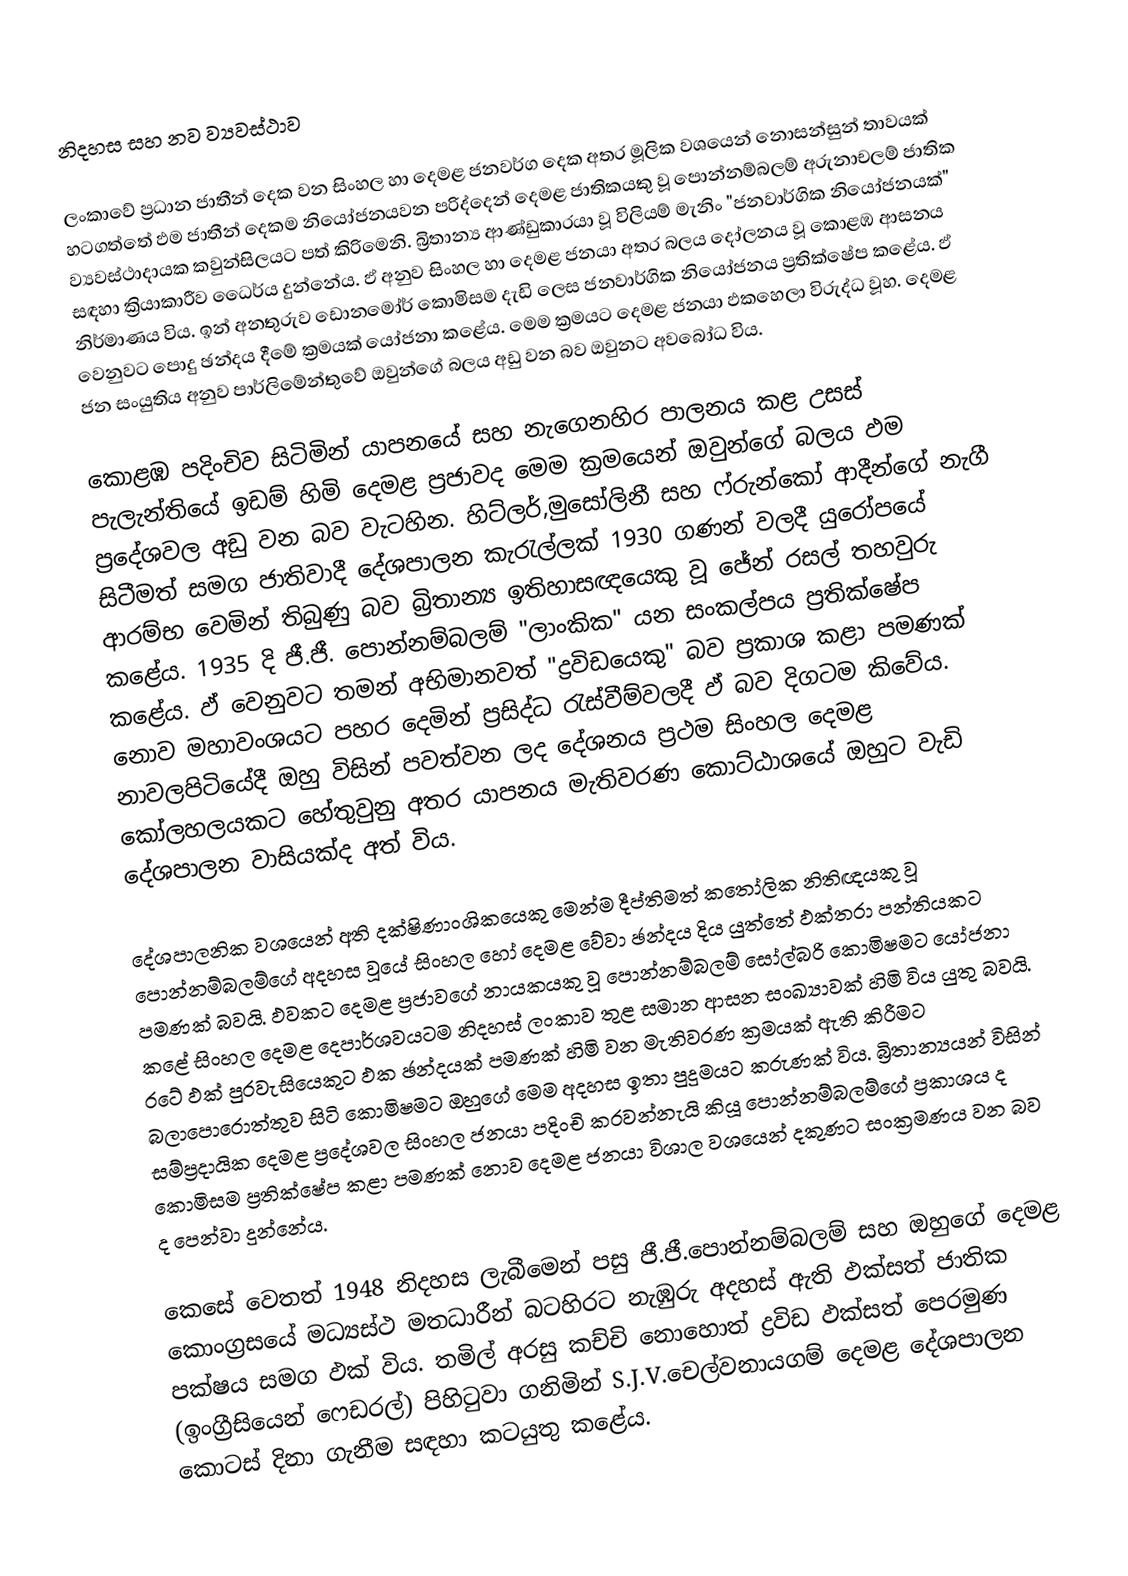
නිදහස සහ නව ව්‍යවස්ථාව

ලංකාවේ ප්‍රධාන ජාතීන් දෙක වන සිංහල හා දෙමළ ජනවර්ග දෙක අතර මූලික වශයෙන් නොසන්සුන් තාවයක් හටගත්තේ ඵම ජාතීන් දෙකම නියෝජනයවන පරිද්දෙන් දෙමළ ජාතිකයකු වූ පොන්නම්බලම් අරුනාචලම් ජාතික ව්‍යවස්ථාදායක කවුන්සිලයට පත් කිරිමෙනි. බ්‍රිතාන්‍ය ආණ්ඩුකාරයා වූ විලියම් මැනිං "ජනවාර්ගික නියෝජනයක්" සඳහා ක්‍රියාකාරීව ධෛර්ය දුන්නේය. ඵ් අනුව සිංහල හා දෙමළ ජනයා අතර බලය දෝලනය වූ කොළඹ ආසනය නිර්මාණය විය. ඉන් අනතුරුව ඩොනමෝර් කොමිසම දැඩි ලෙස ජනවාර්ගික නියෝජනය ප්‍රතික්ෂේප කළේය. ඵ් වෙනුවට පොදු ඡන්දය දීමේ ක්‍රමයක් යෝජනා කළේය. මෙම ක්‍රමයට දෙමළ ජනයා ඵකහෙලා විරුද්ධ වූහ. දෙමළ ජන සංයුතිය අනුව පාර්ලිමේන්තුවේ ඔවුන්ගේ බලය අඩු වන බව ඔවුනට අවබෝධ විය.

කොළඹ පදිංචිව සිටිමින් යාපනයේ සහ නැගෙනහිර පාලනය කළ උසස් පැලැන්තියේ ඉඩම් හිමි දෙමළ ප්‍රජාවද මෙම ක්‍රමයෙන් ඔවුන්ගේ බලය ඵම ප්‍රදේශවල අඩු වන බව වැටහින. හිට්ලර්,මුසෝලිනී සහ ෆ්රුන්කෝ ආදීන්ගේ නැගී සිටීමත් සමග ජාතිවාදී දේශපාලන කැරැල්ලක් 1930 ගණන් වලදී යුරෝපයේ ආරම්භ වෙමින් තිබුණු බව බ්‍රිතාන්‍ය ඉතිහාසඥයෙකු වූ ජේන් රසල් තහවුරු කළේය. 1935 දි ජී.ජී. පොන්නම්බලම් "ලාංකික" යන සංකල්පය ප්‍රතික්ෂේප කළේය. ඵ් වෙනුවට තමන් අභිමානවත් "ද්‍රවිඩයෙකු" බව ප්‍රකාශ කළා පමණක් නොව මහාවංශයට පහර දෙමින් ප්‍රසිද්ධ රැස්වීම්වලදී ඵ් බව දිගටම කි‍වේය. නාවලපිටියේදී ඔහු විසින් පවත්වන ලද දේශනය ප්‍රථම සිංහල දෙමළ කෝලහලයකට හේතුවුනු අතර යාපනය මැතිවරණ කොට්ඨාශයේ ඔහුට වැඩි දේශපාලන වාසියක්ද අත් විය.

දේශපාලනික වශයෙන් අති දක්ෂිණාංශිකයෙකු මෙන්ම දීප්තිමත් කතෝලික නිතිඥයකු වූ පොන්නම්බලම්ගේ අදහස වූයේ සිංහල හෝ දෙමළ වේවා ඡන්දය දිය යුත්තේ ඵක්තරා පන්තියකට  පමණක් බවයි. ඵවකට දෙමළ ප්‍රජාවගේ නායකයකු වූ පොන්නම්බලම් සෝල්බරි කොමිෂමට යෝජනා කළේ සිංහල දෙමළ දෙපාර්ශවයටම නිදහස් ලංකාව තුළ සමාන ආසන සංඛ්‍යාවක් හිමි විය යුතු බවයි. රටේ ඵක් පුරවැසියෙකුට ඵක ඡන්දයක් පමණක් හිමි වන මැතිවරණ ක්‍රමයක් ඇති කිරීමට බලාපොරොත්තුව සිටි කොමිෂමට ඔහුගේ මෙම අදහස ඉතා පුදුමයට කරුණක් විය. බ්‍රිතාන්‍යයන් විසින් සම්ප්‍රදායික දෙමළ ප්‍රදේශවල සිංහල ජනයා පදිංචි කරවන්නැයි කියූ පොන්නම්බලම්ගේ ප්‍රකාශය ද කොමිසම ප්‍රතික්ෂේප කළා පමණක් නොව දෙමළ ජනයා විශාල වශයෙන් දකුණට සංක්‍රමණය වන බව ද පෙන්වා දුන්නේය.

කෙසේ වෙතත් 1948 නිදහස ලැබීමෙන් පසු ජී.ජී.පොන්නම්බලම් සහ ඔහුගේ දෙමළ කොංග්‍රසයේ මධ්‍යස්ථ මතධාරීන් බටහිරට නැඹුරු අදහස් ඇති ඵක්සත් ජාතික පක්ෂය සමග ඵක් විය. තමිල් අරසු කච්චි නොහොත් ද්‍රවිඩ ඵක්සත් පෙරමුණ (ඉංග්‍රීසියෙන් ෆෙඩරල්) පිහිටුවා ගනිමින් S.J.V.චෙල්වනායගම් දෙමළ දේශපාලන කොටස් දිනා ගැනීම සඳහා කටයුතු කළේය.